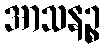
အာသနဉ္စ